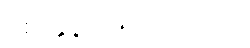
ဈေးနှုန်း - ၅၀၀၀ ကျပ်